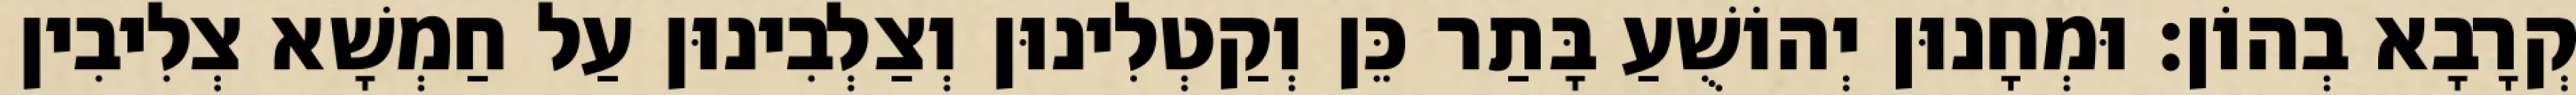
קְרָבָא בְהוֹן׃ וּמְחָנוּן יְהוֹשֻׁעַ בָּתַר כֵּן וְקַטְלִינוּן וְצַלְבִינוּן עַל חַמְשָׁא צְלִיבִין